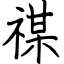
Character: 禖